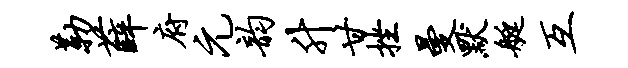
勒薛府元韵升甘挫曼默艇互